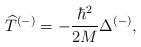
LaTeX: \begin{align*}\widehat{T}^{(-)}=-\frac{\hbar^2}{2M}\Delta^{(-)},\end{align*}